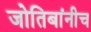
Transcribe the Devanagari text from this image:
जोतिबांनीच